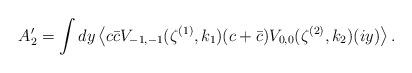
LaTeX: \begin{align*}A^\prime_2= \int dy \left\langle c\bar{c}V_{-1,-1}(\zeta^{(1)},k_1)(c+\bar{c})V_{0,0}(\zeta^{(2)},k_2)(iy)\right\rangle.\end{align*}